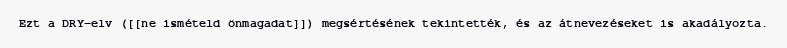
Ezt a DRY-elv ([[ne ismételd önmagadat]]) megsértésének tekintették, és az átnevezéseket is akadályozta.